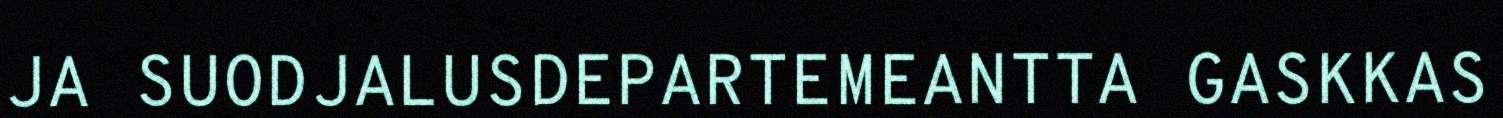
JA SUODJALUSDEPARTEMEANTTA GASKKAS